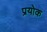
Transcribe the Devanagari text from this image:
प्रयोक